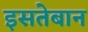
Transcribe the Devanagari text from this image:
इसतेबान